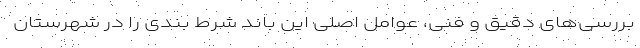
بررسی‌های دقیق و فنی، عوامل اصلی این باند شرط بندی را در شهرستان